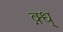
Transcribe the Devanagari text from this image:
क़्ध्